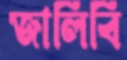
জালিবি